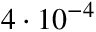
4 \cdot 1 0 ^ { - 4 }